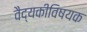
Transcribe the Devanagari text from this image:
वैद्यकीविषयक